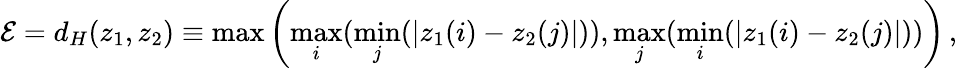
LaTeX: {\cal E}=d_{H}(z_{1},z_{2})\equiv\operatorname*{max}\left(\operatorname*{max}_{i}(\operatorname*{min}_{j}(|z_{1}(i)-z_{2}(j)|)),\operatorname*{max}_{j}(\operatorname*{min}_{i}(|z_{1}(i)-z_{2}(j)|))\right)\, ,